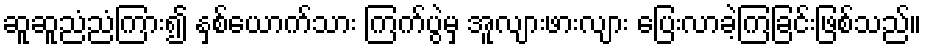
ဆူဆူညံညံကြား၍ နှစ်ယောက်သား ကြက်ပွဲမှ အူလျားဖားလျား ပြေးလာခဲ့ကြခြင်းဖြစ်သည်။